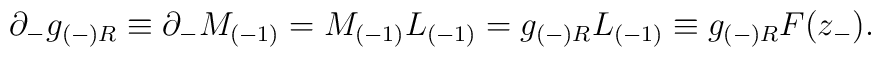
\partial _-g_{(-)R}\equiv \partial _-M_{(-1)}=M_{(-1)}L_{(-1)}=g_{(-)R}L_{(-1)}\equiv g_{(-)R} {F}(z_-).